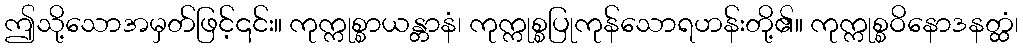
ဤသို့သောအမှတ်ဖြင့်၎င်း။ ကုက္ကုစ္စာယန္တာနံ၊ ကုက္ကုစ္စပြုကုန်သောရဟန်းတို့၏။ ကုက္ကုစ္စဝိနောဒနတ္ထံ၊